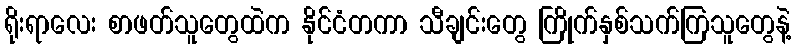
ရိုးရာလေး စာဖတ်သူတွေထဲက နိုင်ငံတကာ သီချင်းတွေ ကြိုက်နှစ်သက်ကြသူတွေနဲ့